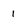
Character: 1